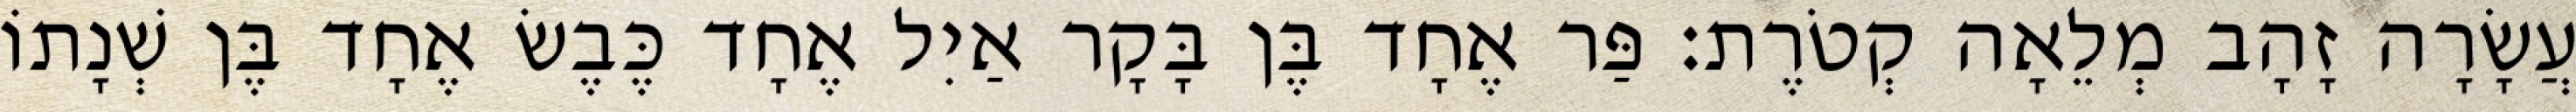
עֲשָׂרָה זָהָב מְלֵאָה קְטֹרֶת׃ פַּר אֶחָד בֶּן בָּקָר אַיִל אֶחָד כֶּבֶשׂ אֶחָד בֶּן שְׁנָתוֹ